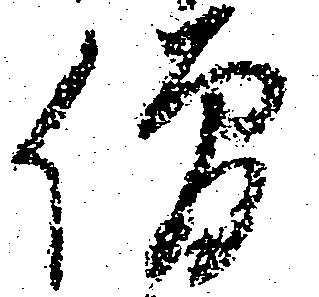
僧